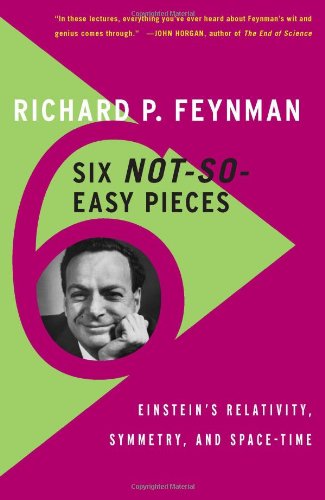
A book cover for Six Not-So-Easy Pieces: EinsteinEEs Relativity, Symmetry, and Space-Time; Richard P. Feynman; Science & Math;